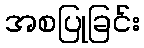
အစပြုခြင်း